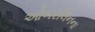
ઓબરલિનના